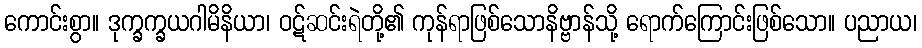
ကောင်းစွာ။ ဒုက္ခက္ခယဂါမိနိယာ၊ ဝဋ်ဆင်းရဲတို့၏ ကုန်ရာဖြစ်သောနိဗ္ဗာန်သို့ ရောက်ကြောင်းဖြစ်သော။ ပညာယ၊